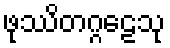
ဖုဿိတဂ္ဂဠေသု